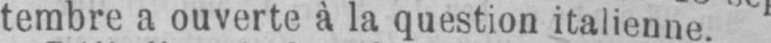
tembre a ouverte à la question italienne.